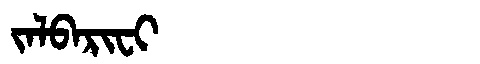
Manchu: ᠵᠠᠯᠪᠠᡵᡳᠸᡳ
Romanization: JALBARIFI